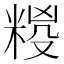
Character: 𮇩